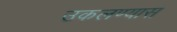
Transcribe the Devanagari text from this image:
उकलण्यास